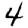
Digit: 4